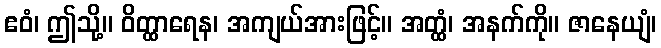
ဧဝံ၊ ဤသို့။ ဝိတ္ထာရေန၊ အကျယ်အားဖြင့်။ အတ္ထံ၊ အနက်ကို။ ဇာနေယျံ၊